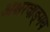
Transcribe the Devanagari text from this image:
अक्षरवाङ्‌मय